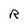
Character: R